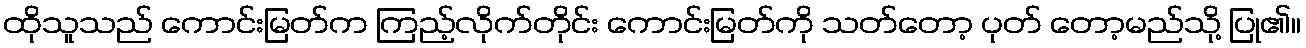
ထိုသူသည် ကောင်းမြတ်က ကြည့်လိုက်တိုင်း ကောင်းမြတ်ကို သတ်တော့ ပုတ် တော့မည်သို့ ပြု၏။